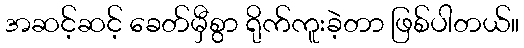
အဆင့်ဆင့် ခေတ်မှီစွာ ရိုက်ကူးခဲ့တာ ဖြစ်ပါတယ်။